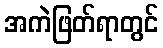
အကဲဖြတ်ရာတွင်